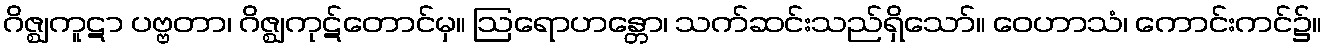
ဂိဇ္ဈကူဋာ ပဗ္ဗတာ၊ ဂိဇ္ဈကုဋ်တောင်မှ။ ဩရောဟန္တော၊ သက်ဆင်းသည်ရှိသော်။ ဝေဟာသံ၊ ကောင်းကင်၌။